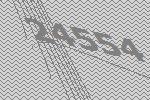
24554